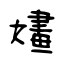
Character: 嫿